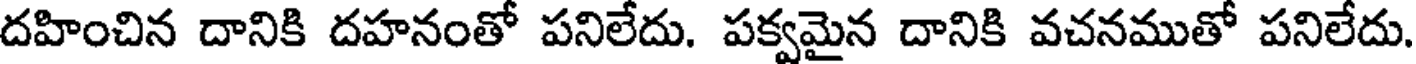
దహించిన దానికి దహనంతో పనిలేదు. పక్వమైన దానికి వచనముతో పనిలేదు